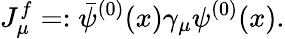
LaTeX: J_{\mu}^{f}=:{\bar{\psi}}^{(0)}(x)\gamma_{\mu}\psi^{(0)}(x).